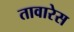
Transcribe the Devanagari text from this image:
तावारेस